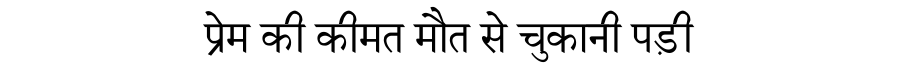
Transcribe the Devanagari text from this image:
प्रेम की कीमत मौत से चुकानी पड़ी